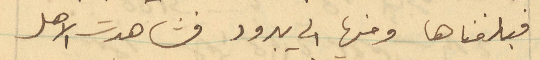
فبلغناها ومنها الى يبرود فشاهدت الاهل